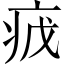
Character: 𬏡